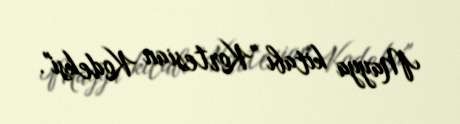
Mayya kitabı "Kortesian Kodeksi".